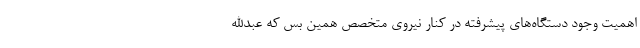
اهمیت وجود دستگاه‌های پیشرفته در کنار نیروی متخصص همین بس که عبدالله